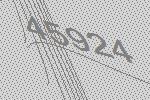
45924